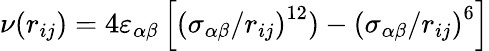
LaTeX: \nu\! \left(r_{ij}\right)=4\varepsilon_{\alpha\beta}\left[\left(\sigma_{\alpha\beta}/r_{ij}\right)^{12})-\left(\sigma_{\alpha\beta}/r_{ij}\right)^{6}\right]